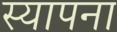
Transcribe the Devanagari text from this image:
स्यापना